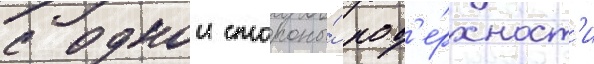
с однои стороны́ пов'е́рхност'и